Lunatic asylums Burma 1907-21 - 1907-1921
Year: 1907
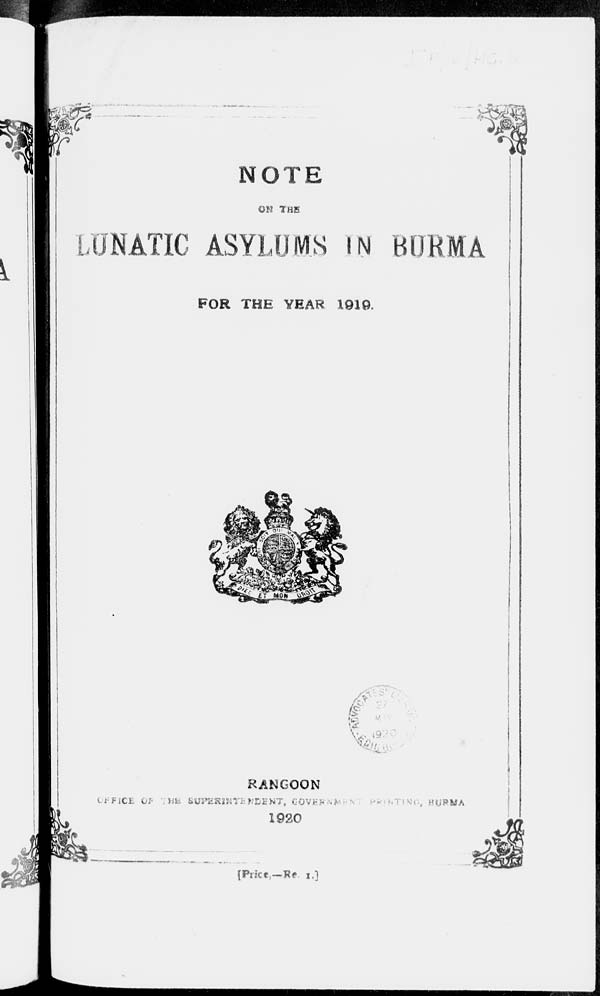
NOTE
ON THE
LUNATIC ASYLUMS IN BURMA
FOR THE YEAR 1919.
RANGOON
OFFICE OF T HE
SUPERINTENDENT, GOVERNMENT
PRI NTI NG,
BURMA
1920
[Price,—Re. 1.]